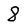
Character: 8